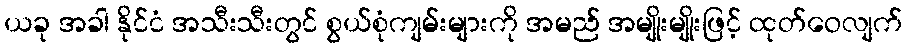
ယခု အခါ နိုင်ငံ အသီးသီးတွင် စွယ်စုံကျမ်းများကို အမည် အမျိုးမျိုးဖြင့် ထုတ်ဝေလျက်